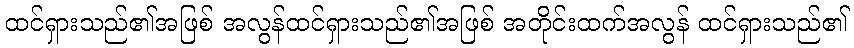
ထင်ရှားသည်၏အဖြစ် အလွန်ထင်ရှားသည်၏အဖြစ် အတိုင်းထက်အလွန် ထင်ရှားသည်၏